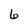
Character: 6